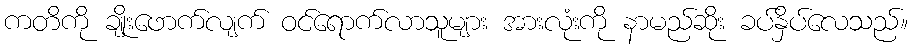
ကတိကို ချိုးဖောက်လျက် ဝင်ရောက်လာသူများ အားလုံးကို နာမည်ဆိုး ခပ်နှိပ်လေသည်။